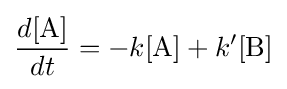
{d{\ce {[A]}} \over dt}=-k{\ce {[A]}}+k'{\ce {[B]}}